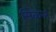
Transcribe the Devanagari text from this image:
मिकेल्